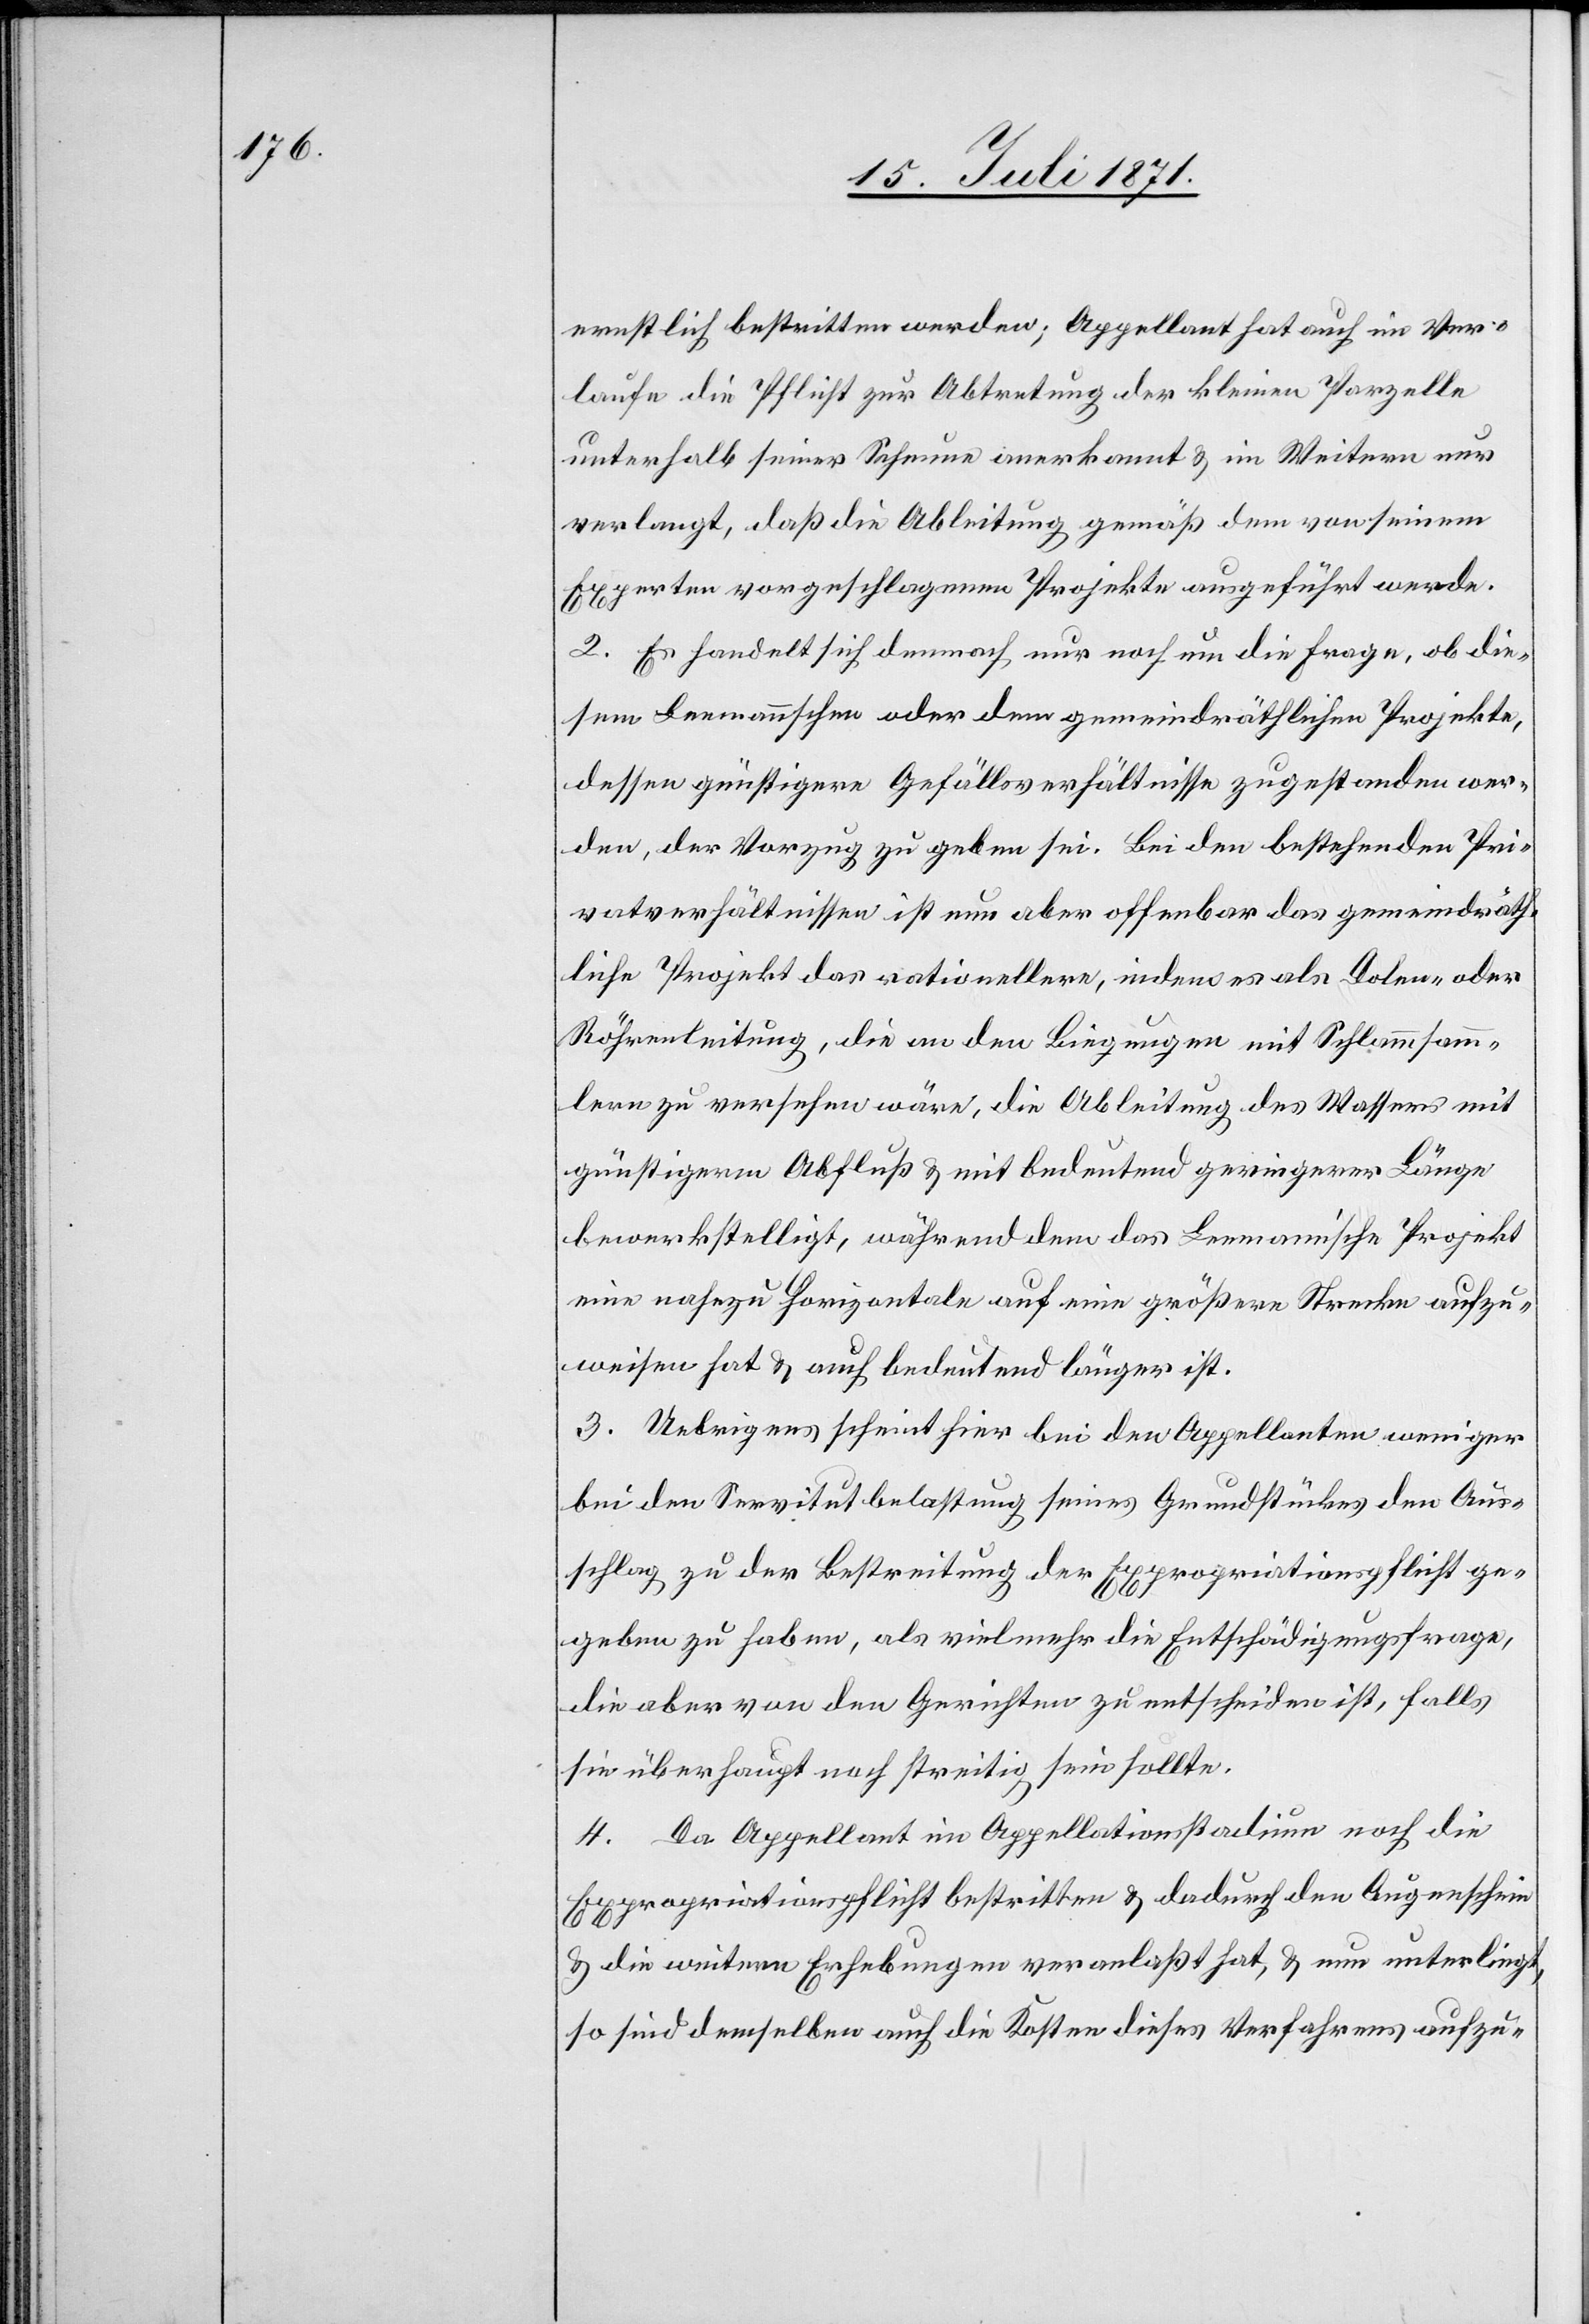
ernstlich bestritten werden; Appellant hat auch im Ver¬
laufe die Pflicht zur Abtretung der kleineren Parzelle
unterhalb seiner Scheune anerkannt u. im Weitern nur
verlangt, daß die Ableitung gemäß dem von seinem
Experten vorgeschlagenen Projekte ausgeführt werde.
2. Es handelt sich demnach nur noch um die Frage, ob die¬
sem Leemannschen oder dem gemeindräthlichen Projekte,
dessen günstigere Gefällsverhältnisse zugestanden wer¬
den, der Vorzug zu geben sei. Bei den bestehenden Pri¬
vatverhältnissen ist nun aber offenbar das gemeindräth¬
liche Projekt das rationellere, indem es als Dolen- oder
Röhrenleitung, die an den Biegungen mit Schlammsamm¬
lern zu versehen wäre, die Ableitung des Wassers mit
günstigerm Abfluß mit bedeutend geringerer Länge
bewerkstelligt, während dem das Leemann’sche Projekt
eine nahezu Horizontale auf eine größere Strecke aufzu¬
weisen hat u. auch bedeutend länger ist.
3. Uebrigens scheint hier bei den Appellanten weniger
den [sic!] Servitutbelastung seines Grundstückes den Aus¬
schlag zu der Bestreitung der Expropriationspflicht ge¬
geben zu haben, als vielmehr die Entschädigungsfrage,
die aber von den Gerichten zu entscheiden ist, falls
sie überhaupt noch streitig sein sollte.
4. Da Appellant im Appellationsstadium noch die
Expropriationspflicht bestritten u. dadurch den Augenschein
u. die weitere Erhebung veranlaßt hat, u. nun unterliegt,
so sind demselben auch die Kosten dieses Verfahrens aufzu-